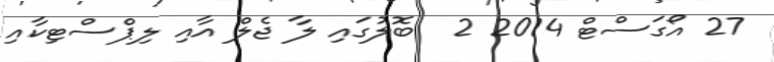
27 އޯގަސްޓް 2014 2  ބޮލުގައި ލާ ޖެލް އާއި ލިޕްސްޓިކާއި